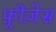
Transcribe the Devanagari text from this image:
फ़्रीज़ेस